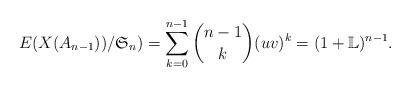
LaTeX: \begin{align*}E(X(A_{n-1}))/\mathfrak S_n)=\sum _{k=0} ^{n-1} \binom{n-1}{k} (uv)^k = (1+\mathbb L)^{n-1}.\end{align*}